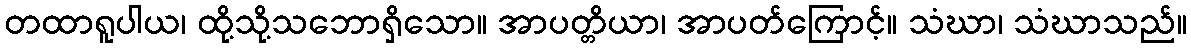
တထာရူပါယ၊ ထို့သို့သဘောရှိသော။ အာပတ္တိယာ၊ အာပတ်ကြောင့်။ သံဃာ၊ သံဃာသည်။